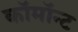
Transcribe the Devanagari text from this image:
कॉमॉन्ट